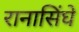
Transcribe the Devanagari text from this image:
रानासिंघे